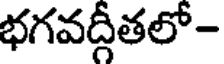
భగవద్గీతలో-